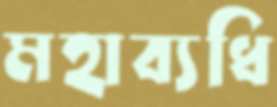
মহাব্যধি